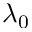
\lambda _ { 0 }